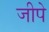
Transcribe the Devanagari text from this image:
जीपे